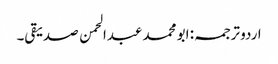
اردو ترجمہ: ابو محمد عبدالحمن صدیقی۔